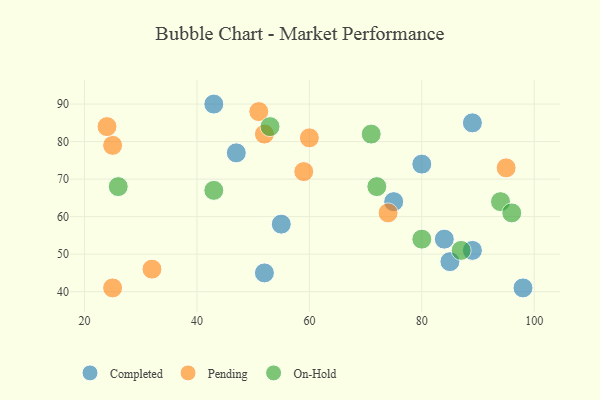
{"axis": {"x": "GDP", "y": "Life Expectancy"}, "legend": ["Completed", "On-Hold", "Pending"], "data": [{"x": "75", "y": 64, "type": "Completed"}, {"x": "47", "y": 77, "type": "Completed"}, {"x": "84", "y": 54, "type": "Completed"}, {"x": "89", "y": 51, "type": "Completed"}, {"x": "85", "y": 48, "type": "Completed"}, {"x": "80", "y": 74, "type": "Completed"}, {"x": "43", "y": 90, "type": "Completed"}, {"x": "98", "y": 41, "type": "Completed"}, {"x": "89", "y": 85, "type": "Completed"}, {"x": "55", "y": 58, "type": "Completed"}, {"x": "52", "y": 45, "type": "Completed"}, {"x": "51", "y": 88, "type": "Pending"}, {"x": "95", "y": 73, "type": "Pending"}, {"x": "74", "y": 61, "type": "Pending"}, {"x": "32", "y": 46, "type": "Pending"}, {"x": "60", "y": 81, "type": "Pending"}, {"x": "25", "y": 41, "type": "Pending"}, {"x": "52", "y": 82, "type": "Pending"}, {"x": "25", "y": 79, "type": "Pending"}, {"x": "59", "y": 72, "type": "Pending"}, {"x": "24", "y": 84, "type": "Pending"}, {"x": "43", "y": 67, "type": "On-Hold"}, {"x": "72", "y": 68, "type": "On-Hold"}, {"x": "94", "y": 64, "type": "On-Hold"}, {"x": "53", "y": 84, "type": "On-Hold"}, {"x": "80", "y": 54, "type": "On-Hold"}, {"x": "96", "y": 61, "type": "On-Hold"}, {"x": "87", "y": 51, "type": "On-Hold"}, {"x": "71", "y": 82, "type": "On-Hold"}, {"x": "26", "y": 68, "type": "On-Hold"}]}